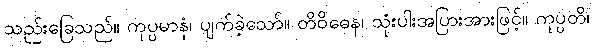
သည်းခြေသည်။ ကုပ္ပမာနံ၊ ပျက်ခဲ့သော်။ တိဝိဓေန၊ သုံးပါးအပြားအားဖြင့်။ ကုပ္ပတိ၊